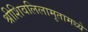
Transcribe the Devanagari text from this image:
श्रीशिवलिलामृतामध्ये